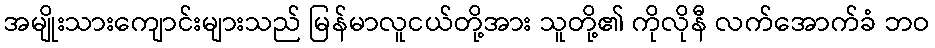
အမျိုးသားကျောင်းများသည် မြန်မာလူငယ်တို့အား သူတို့၏ ကိုလိုနီ လက်အောက်ခံ ဘဝ